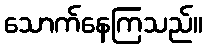
သောက်နေကြသည်။